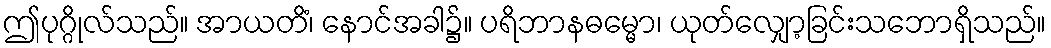
ဤပုဂ္ဂိုလ်သည်။ အာယတိံ၊ နောင်အခါ၌။ ပရိဘာနဓမ္မော၊ ယုတ်လျှော့ခြင်းသဘောရှိသည်။